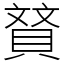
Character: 䝺